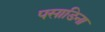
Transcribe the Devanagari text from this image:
पसाडिना